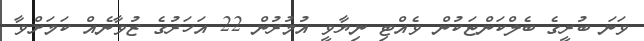
ވަނަ ބުރީގެ ބެލްކަންޏަކުން ވެއްޓި ނިޔާވީ އުމުރުން 22 އަހަރުގެ ޒުވާނެއް ކަމަށްވާ